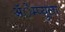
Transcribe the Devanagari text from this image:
ॲेम्प्युला